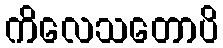
ကိလေသတောပိ